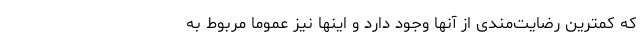
که کمترین رضایت‌مندی از آنها وجود دارد و اینها نیز عموماً مربوط به